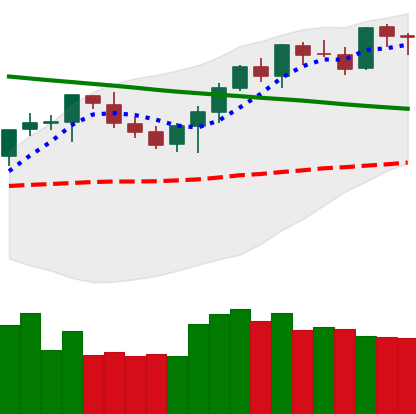
Ticker: BTC-USD
Chart end date: 2021-08-15
Forward return: 4.872%
Label: up_3_5